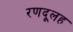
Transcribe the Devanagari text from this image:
रणदूलह